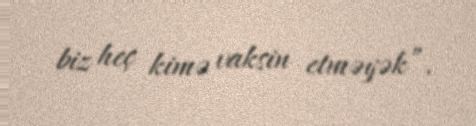
biz heç kimə vaksin etməyək”.